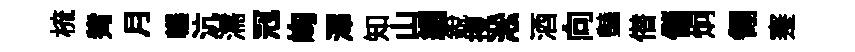
梳觜月輾沆濡𠜍峋澤知山綢銳搜淞酒向𧰟僣儲炯翎蹇